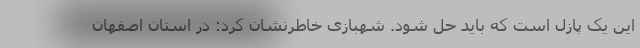
این یک پازل است که باید حل شود. شهبازی خاطرنشان کرد: در استان اصفهان